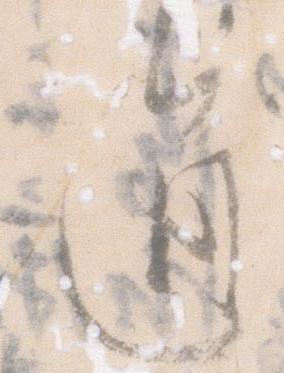
通